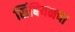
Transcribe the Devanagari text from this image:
सिंबियनचा